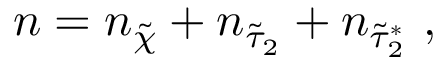
n = n _ { \tilde { \chi } } + n _ { \tilde { \tau } _ { 2 } } + n _ { \tilde { \tau } _ { 2 } ^ { \ast } } ~ ,